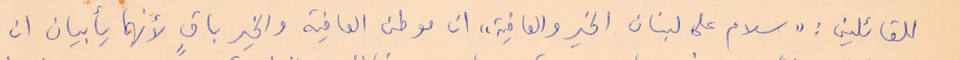
للقائلين : "سلام على لبنان الخير والعافية" ان موطن العافية والخير باقٍ لأنهما يأبيان ان